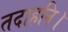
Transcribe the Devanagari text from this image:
तदाहनि।